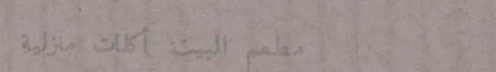
مطعم البيت: أكلات منزلية